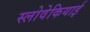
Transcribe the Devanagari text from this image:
स्लोवेकियाई